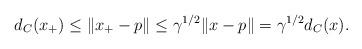
LaTeX: \begin{align*}d_C(x_+) \leq \|x_+ -p\| \leq \gamma^{1/2}\|x -p\| =\gamma^{1/2}d_C(x).\end{align*}